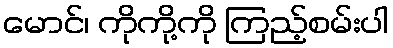
မောင်၊ ကိုကို့ကို ကြည့်စမ်းပါ